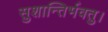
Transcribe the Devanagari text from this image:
सुशान्तिर्भवतु।